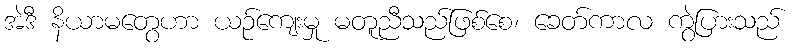
အဲဒီ နိယာမတွေဟာ ယဉ်ကျေးမှု မတူညီသည်ဖြစ်စေ၊ ခေတ်ကာလ ကွဲပြားသည်